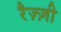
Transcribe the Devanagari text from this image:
रैज़्ज़ी